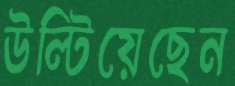
উল্‌টিয়েছেন